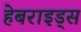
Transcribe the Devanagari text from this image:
हेबराइड्स